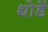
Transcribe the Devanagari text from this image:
थोडें